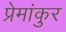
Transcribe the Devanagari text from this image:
प्रेमांकुर